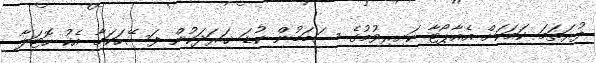
ފުރަތަމަ ކަމަކަށް އެއާޕޯޓާ ކައިރިވުމުގެ ސަބަބުން ކުޑަ ޚަރަދަކުން ފަސޭހަކަމާ އެކު ހޮޓަލާ